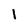
Character: 1